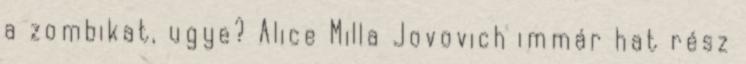
a zombikat, ugye? Alice Milla Jovovich immár hat rész